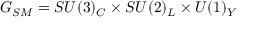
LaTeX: G _ { S M } = S U ( 3 ) _ { C } \times S U ( 2 ) _ { L } \times U ( 1 ) _ { Y }